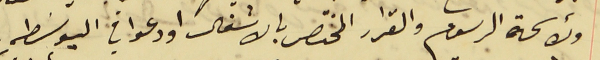
ولائحة الرسوم والقرار المختص بالاشغال اودعوا في البوسَطه